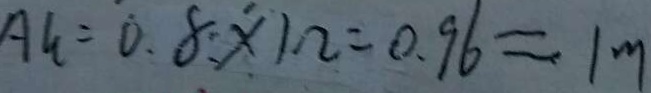
A G = 0 . 8 \times 1 . 2 = 0 . 9 6 \approx 1 m